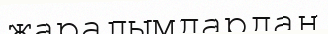
жаралымдардан